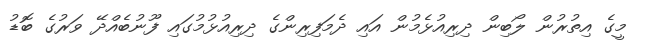
މީގެ އިތުރުން ލޯބިން ދިރިއުޅެމުން އައި ދެމަފިރިންގެ ދިރިއުޅުމުގައި ފޫނުބެއްދޭ ވަރުގެ ބޮޑު